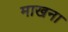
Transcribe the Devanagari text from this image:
माखना